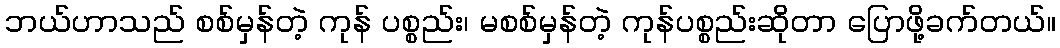
ဘယ်ဟာသည် စစ်မှန်တဲ့ ကုန် ပစ္စည်း၊ မစစ်မှန်တဲ့ ကုန်ပစ္စည်းဆိုတာ ပြောဖို့ခက်တယ်။